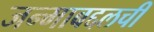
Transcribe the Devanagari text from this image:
जन्माबद्दलची